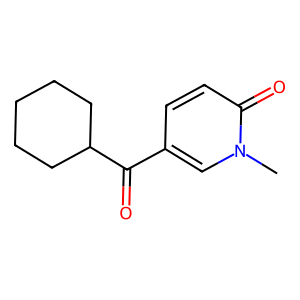
SMILES: Cn1cc(C(=O)C2CCCCC2)ccc1=O
Inhibits HIV replication: No